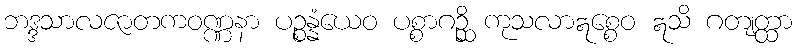
ဘဒ္ဒသာလဇာတကဝဏ္ဏနာ ပဉ္စန္နံယေဝ ပစ္စာဂဉ္ဆိ ကုသလာဣစ္စေဝ ဣသိ ဂတျတ္ထာ